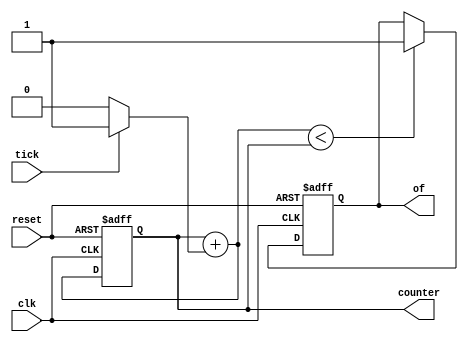
// N-bit tick counter with overflow which samples tick and increments the counter each clock period it is high.
module tick_counter
#(
	parameter N=4
)
(
	input wire clk, reset,
	input wire tick,
	output wire [N-1:0] counter,
	output wire of
);

	reg [N-1:0] counter_reg, counter_next;
	reg of_reg, of_next;
	
	always @(posedge clk, posedge reset)
		if (reset)
			begin
				counter_reg <= 0;
				of_reg <= 0;
			end
		else
			begin
				counter_reg <= counter_next;
				of_reg <= of_next;
			end
			
	always @*
		begin
			counter_next = counter_reg + (tick == 1'b1 ? 1'b1 : 0);
			of_next = of_reg;
			if (counter_next < counter_reg)
				of_next = 1;
		end
		
	assign counter = counter_reg;
	assign of = of_reg;

endmodule